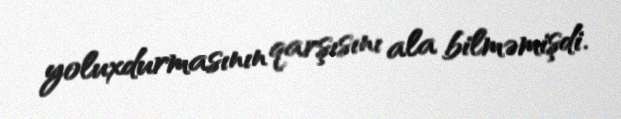
yoluxdurmasının qarşısını ala bilməmişdi.